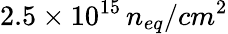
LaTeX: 2.5\times 10^{15}\, n_{eq}/cm^{2}